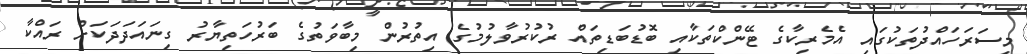
މިސަރަހައްދުތަކުގައި އެމެރިކާގެ ޓޭންކްތަކާއި ބޮޑުބަޑިތައް ރުކުރުވާލުމުގެ އިތުރުން މިބާވަތުގެ ބަރުހަތިޔާރު ގިނައަދަދަކަށް ރައްކާ